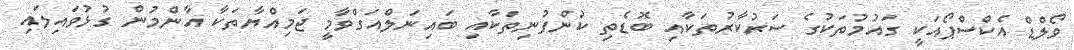
ވޯލްޑް އެކްސްޕޯއަކީ ގައުމުތަކުގެ ސަރުކާރުތަކާއި ބޮޑެތި ކުންފުނިތަކާއި ބައިނަލްއަގްވާމީ ޖަމިއްޔާތަކާ އާންމުން ގުޅުވައިލައި